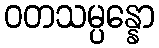
ဝတသမ္ပန္နော